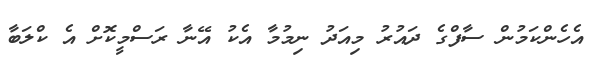
އެހެންކަމުން ސާފްގެ ދައުރު މިއަދު ނިމުމާ އެކު އޭނާ ރަސްމީކޮށް އެ ކްލަބާ